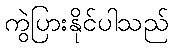
ကွဲပြားနိုင်ပါသည်